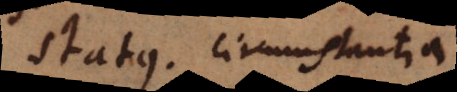
Status. Circumstantia.